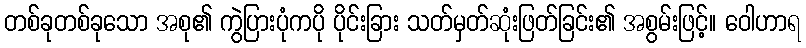
တစ်ခုတစ်ခုသော အစု၏ ကွဲပြားပုံကပို ပိုင်းခြား သတ်မှတ်ဆုံးဖြတ်ခြင်း၏ အစွမ်းဖြင့်။ ဝေါဟာရ